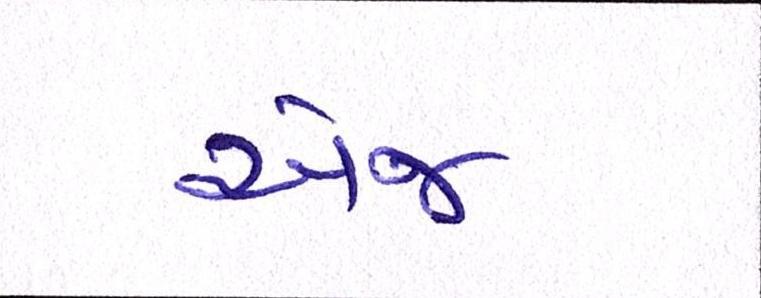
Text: એજ